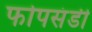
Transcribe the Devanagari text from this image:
फोपसंडी